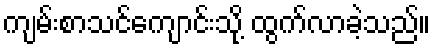
ကျမ်းစာသင်ကျောင်းသို့ ထွက်လာခဲ့သည်။